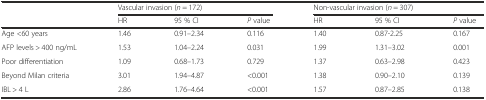
<table><thead><tr><td></td><td colspan="3"><b>Vascular invasion (<i>n</i> = 172)</b></td><td colspan="3"><b>Non-vascular invasion (<i>n</i> = 307)</b></td></tr><tr><td></td><td><b>HR</b></td><td><b>95 % CI</b></td><td><b><i>P</i> value</b></td><td><b>HR</b></td><td><b>95 % CI</b></td><td><b><i>P</i> value</b></td></tr></thead><tbody><tr><td>Age &lt;60 years</td><td>1.46</td><td>0.91–2.34</td><td>0.116</td><td>1.40</td><td>0.87-2.25</td><td>0.167</td></tr><tr><td>AFP levels &gt; 400 ng/mL</td><td>1.53</td><td>1.04–2.24</td><td>0.031</td><td>1.99</td><td>1.31–3.02</td><td>0.001</td></tr><tr><td>Poor differentiation</td><td>1.09</td><td>0.68–1.73</td><td>0.729</td><td>1.37</td><td>0.63–2.98</td><td>0.423</td></tr><tr><td>Beyond Milan criteria</td><td>3.01</td><td>1.94–4.87</td><td>&lt;0.001</td><td>1.38</td><td>0.90–2.10</td><td>0.139</td></tr><tr><td>IBL &gt; 4 L</td><td>2.86</td><td>1.76–4.64</td><td>&lt;0.001</td><td>1.57</td><td>0.87–2.85</td><td>0.138</td></tr></tbody></table>